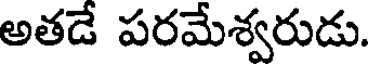
అతడే పరమేశ్వరుడు.